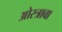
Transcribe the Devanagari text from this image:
ओस्त्रावा